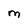
Character: M